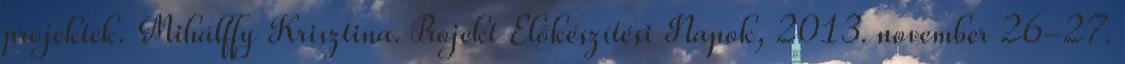
projektek. Mihálffy Krisztina. Projekt Előkészítési Napok, 2013. november 26-27.